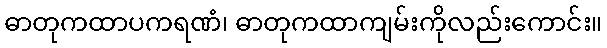
ဓာတုကထာပကရဏံ၊ ဓာတုကထာကျမ်းကိုလည်းကောင်း။